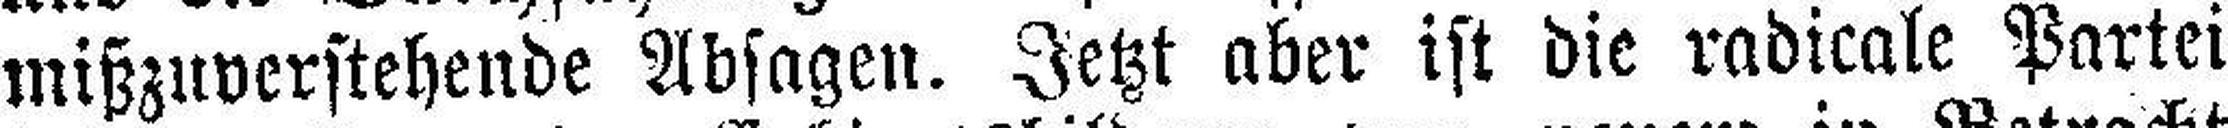
mißzuverstehende Absagen. Jetzt aber ist die radicale Partei